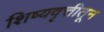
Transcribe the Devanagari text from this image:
शिष्यवृत्तीतून